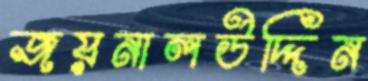
জয়নালউদ্দিন